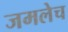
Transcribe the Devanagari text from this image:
जमलेच